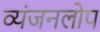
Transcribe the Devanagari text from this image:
व्यंजनलोप